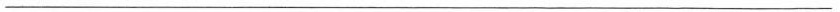
——————